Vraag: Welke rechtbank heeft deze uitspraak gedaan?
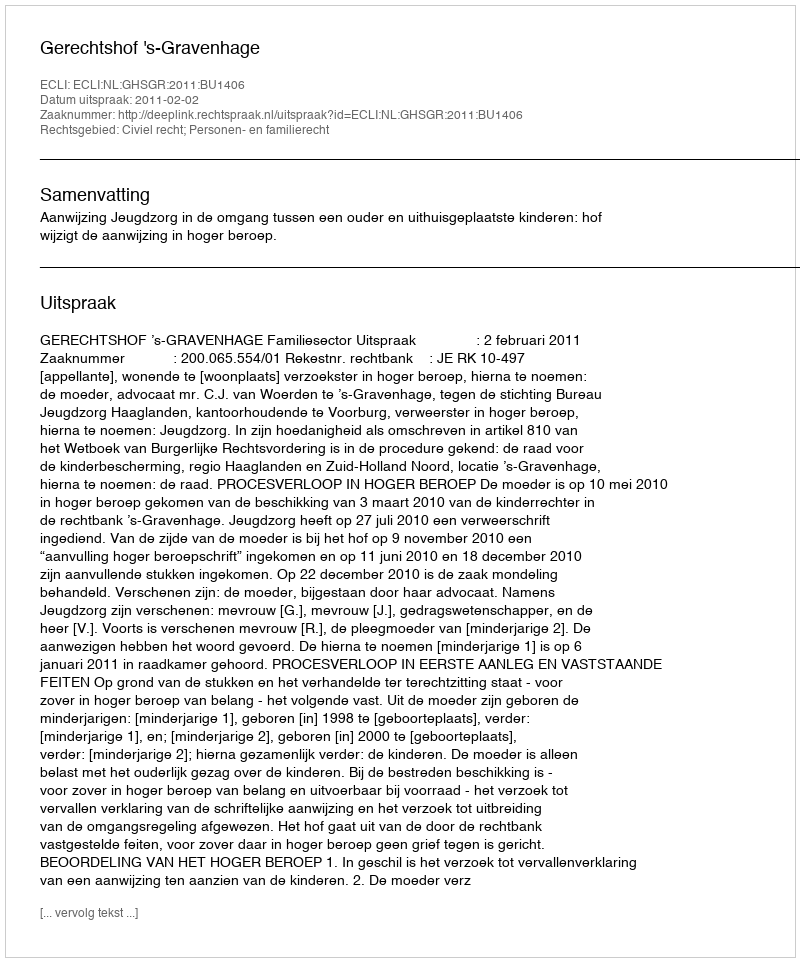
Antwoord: Gerechtshof 's-Gravenhage